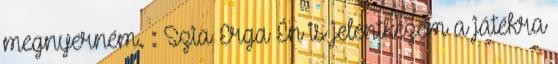
megnyerném. : Szia Erga Én is jelentkezem a játékra